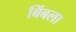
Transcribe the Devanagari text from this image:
बिंबला